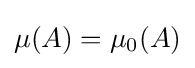
\mu (A)=\mu _{0}(A)